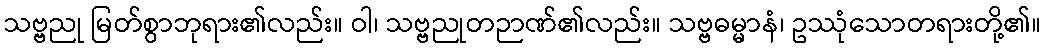
သဗ္ဗညု မြတ်စွာဘုရား၏လည်း။ ဝါ၊ သဗ္ဗညုတဉာဏ်၏လည်း။ သဗ္ဗဓမ္မာနံ၊ ဥဿုံသောတရားတို့၏။